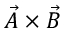
\vec { A } \times \vec { B }